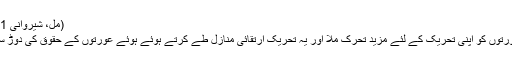
(مِل، شیروانی 1991ء، ص: 39)
اس منشور سے عورتوں کو اپنی تحریک کے لئے مزید تحرک ملا اور یہ تحریک ارتقائی منازل طے کرتے ہوئے ہوئے عورتوں کے حقوق کی دوڑ سے آگے نکل گئی۔